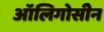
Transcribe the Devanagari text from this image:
ऑलिगोसीन